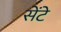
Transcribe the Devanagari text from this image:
सेंटे